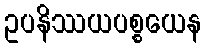
ဥပနိဿယပစ္စယေန